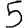
Digit: 5